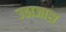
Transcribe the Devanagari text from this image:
उठाजास